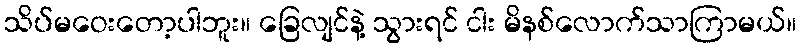
သိပ်မဝေးတော့ပါဘူး။ ခြေလျင်နဲ့ သွားရင် ငါး မိနစ်လောက်သာကြာမယ်။